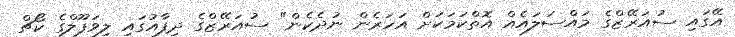
އޭގައި ސުއަރޭޒްގެ މައްސަލައެއް އޮތްކަމަކަށް އަހަރެން ނުދެކެން" ސުއަރޭޒްގެ ދިފާއުގައި ލިވަޕޫލްގެ ކޯޗް